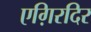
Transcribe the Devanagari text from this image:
एग़िरदिर